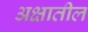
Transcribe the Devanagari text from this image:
अक्षातील